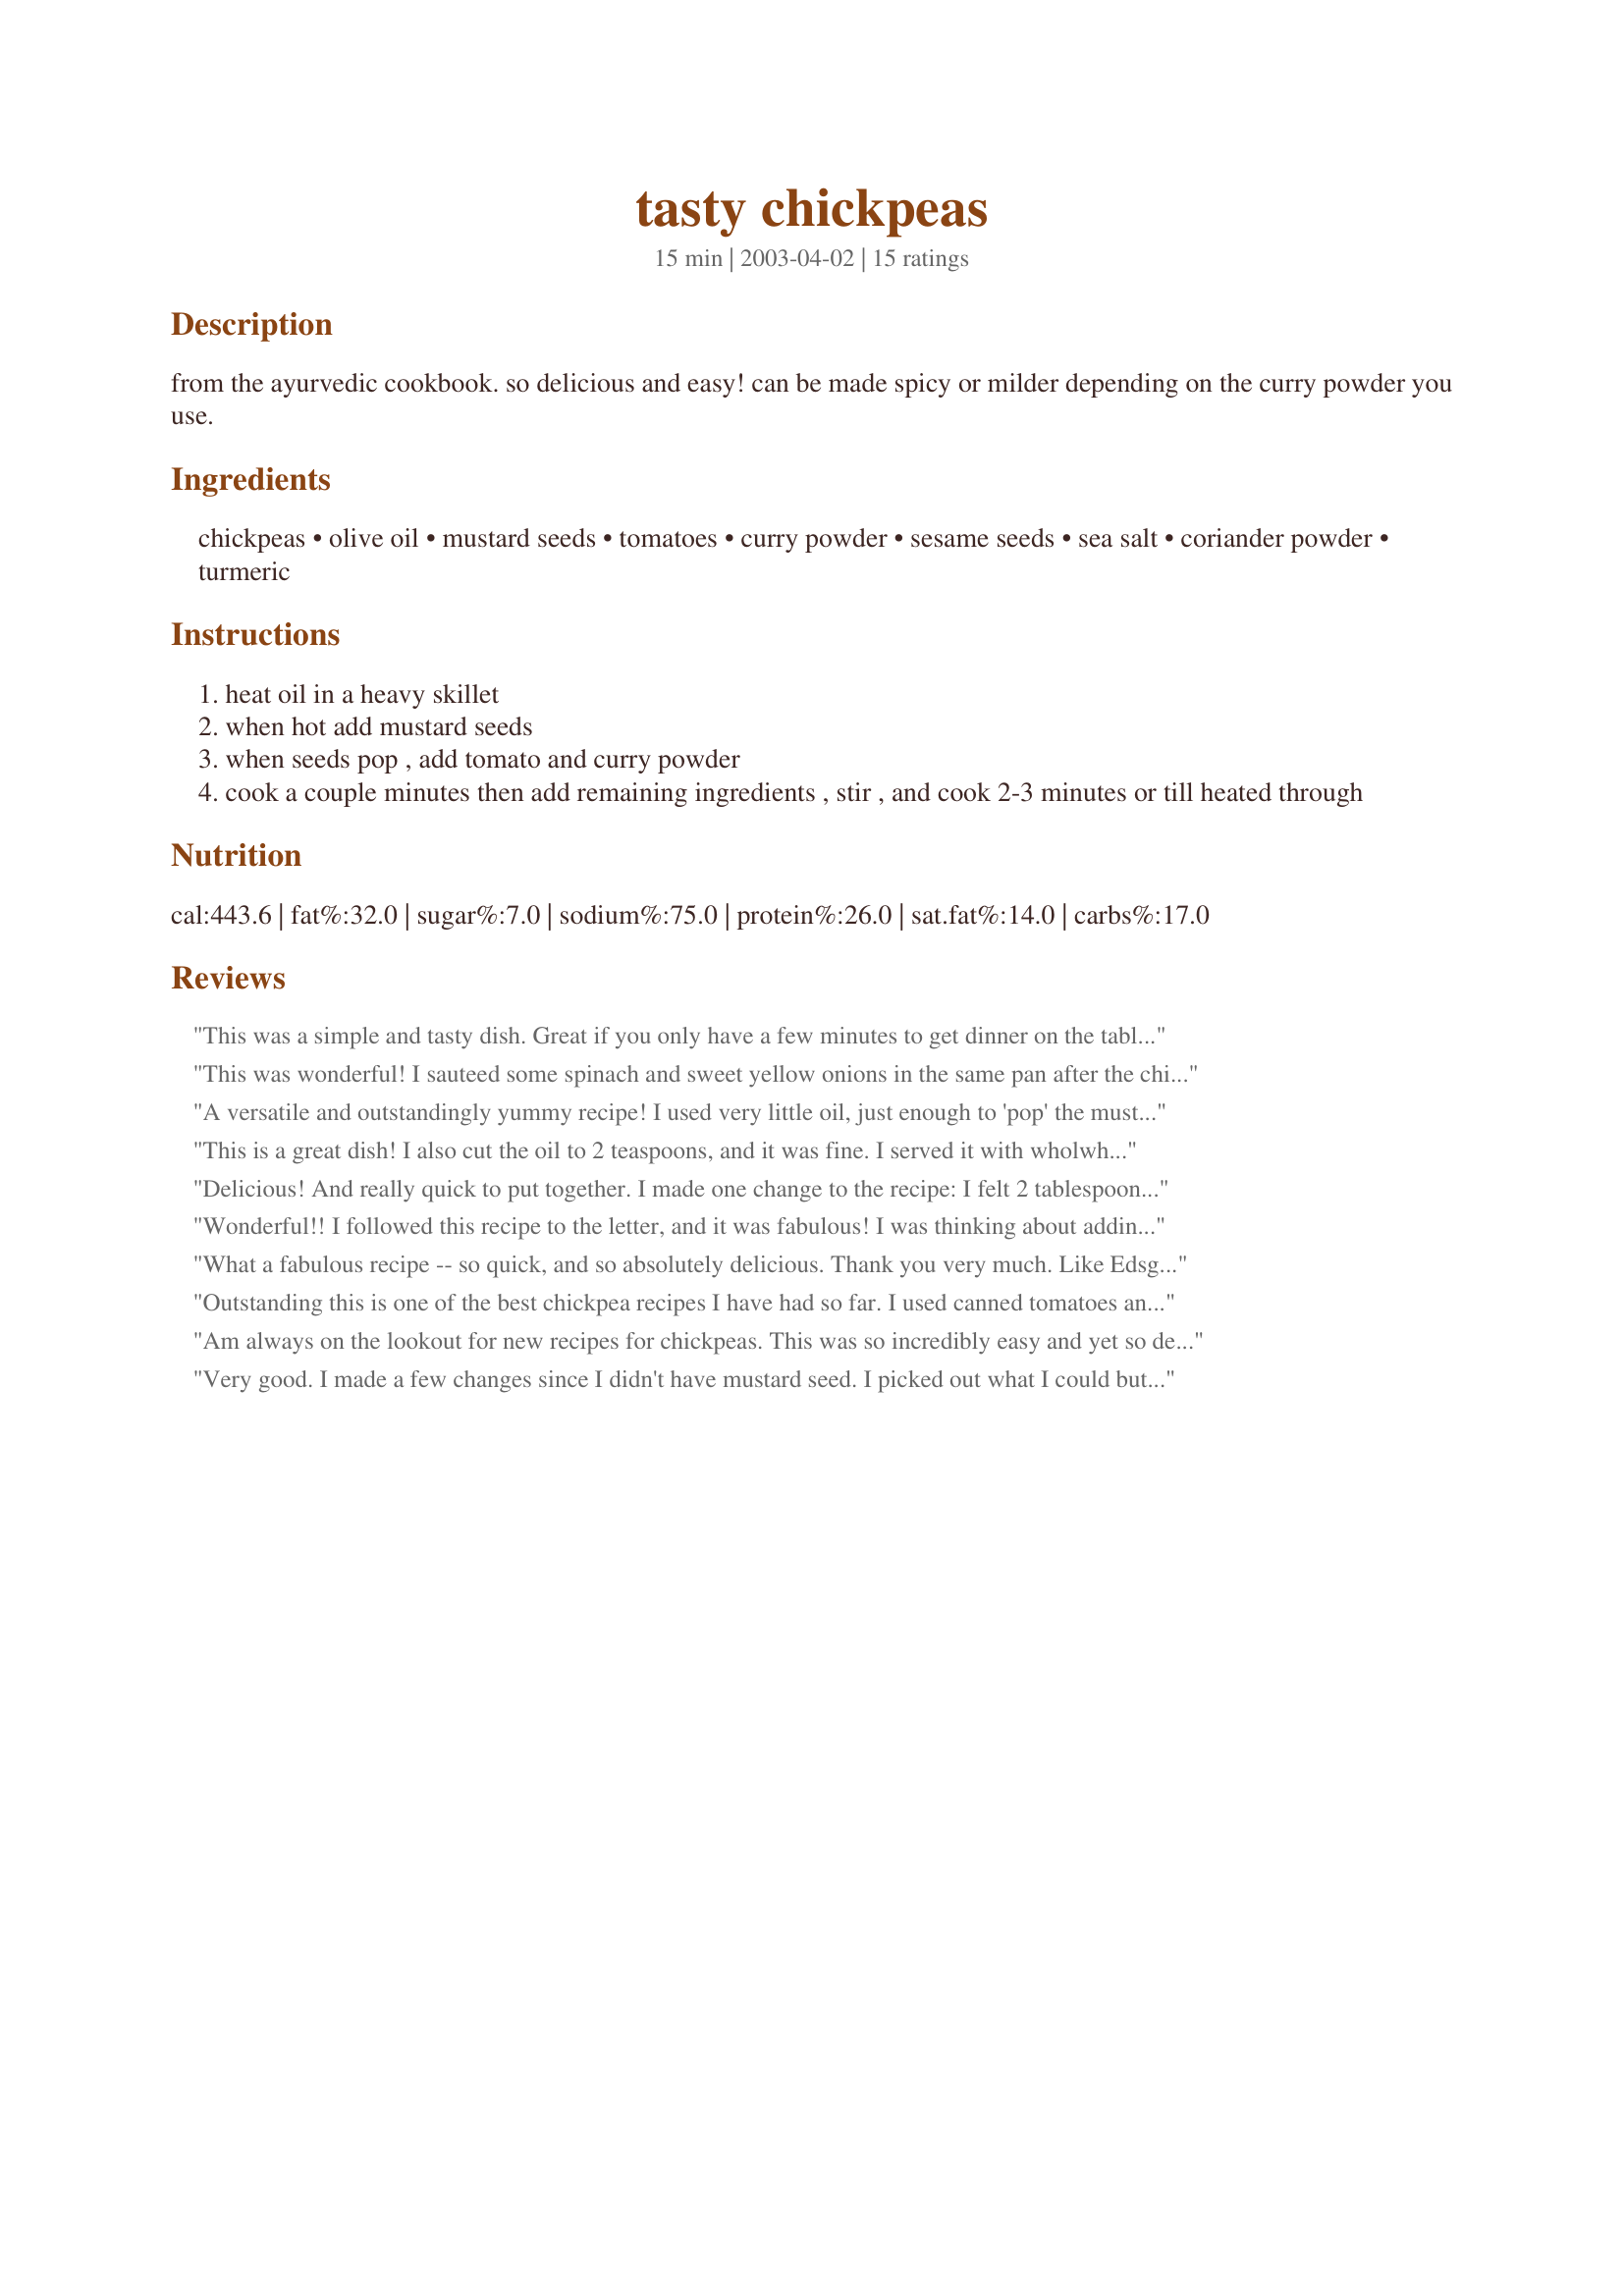
tasty chickpeas
Preparation time: 15 minutes

from the ayurvedic cookbook. so delicious and easy! can be made spicy or milder depending on the curry powder you use.

Ingredients:
chickpeas, olive oil, mustard seeds, tomatoes, curry powder, sesame seeds, sea salt, coriander powder, turmeric

Steps:
heat oil in a heavy skillet
when hot add mustard seeds
when seeds pop , add tomato and curry powder
cook a couple minutes then add remaining ingredients , stir , and cook 2-3 minutes or till heated through

Reviews:
This was a simple and tasty dish. Great if you only have a few minutes to get dinner on the table. I cut the oil to 2 teaspoons which I don't think affected the dish. While I fully enjoyed it, it felt like something was missing - maybe a little more corriander or curry. I served mine on top of bulghar with sauteed spinach on the side. Thanks yogi.
This was wonderful! I sauteed some spinach and sweet yellow onions in the same pan after the chickpeas were done, and served it all in a whole wheat tortilla. Excellent! On another note, this is even better the next day!
A versatile and outstandingly yummy recipe! I used very little oil, just enough to 'pop' the mustard seeds, and since there was no fresh tomato I used about 2/3 cup of salsa. Who could have guessed THAT would taste good?! I also had to omit the sesame seeds for lack of them, and reduced the salt but was generous with curry powder. At the end I let some baby spinach wilt in the pan, squeezed on a bit of lemon juice, and ate it with sweet potato. I'll be sure to make this one again, so thanks for posting!
This is a great dish! I also cut the oil to 2 teaspoons, and it was fine. I served it with wholwheat pasta and spinach. A really good recipe, as it's so easy and yet delicious too!
Delicious! And really quick to put together. I made one change to the recipe: I felt 2 tablespoons of olive oil was quite a lot, so (as I'm dieting at the moment!) I cut the amount of oil to 1 teaspoon, and had no problems! The amount of salt called for also looked like a lot, but it's in fact perfect - it enhances all the other spices and makes for a wonderful, savoury dish! A lovely recipe!
Wonderful!! I followed this recipe to the letter, and it was fabulous! I was thinking about adding some garlic to the dish when I tasted it and found that the seasonings were perfect as is - nothing else is needed. I used a nice coarse sea salt that dissolved beautifully into the tomato mixture. The sesame seeds add a delicious nutty crunch, and the dish is visually appealing as well. The whole kitchen smells awesome while it's cooking plus it's fast and soooo easy! Thanks yogi, I'm making this again and again (after I try your chickpea and peanut stew, that is ... ;o) )
What a fabulous recipe -- so quick, and so absolutely delicious. Thank you very much. Like Edsgirlangie said -- it's fast, and so easy, and the best part is that it is so good. A perfect hat trick.
Outstanding this is one of the best chickpea recipes I have had so far. I used canned tomatoes and it was still great.
Am always on the lookout for new recipes for chickpeas. This was so incredibly easy and yet so delicious. I could eat this as a meal.
Very good. I made a few changes since I didn't have mustard seed. I picked out what I could but ended up using garam masala in its place. I added more than a tsp of curry powder and will next time add way less salt. I added a pinch of mustard powder, about a half cup of thawed kale and about 1/3 cup of chopped fresh cilantro. That added the umph I needed. Thanks for sharing.
Really quick and easy to make, great when you don't have much time or ingredients! I didn't use sesame seeds and had to use tinned tomato instead but it didn't cause any problems. I think next time I'll add more curry powder as the 1 teaspoon didn't seem quite enough, but that's just me!
I love the simplicity of this recipe- I seem to make it when I don't feel like going to the store because I already have everything on hand. I have not been adding the salt, the coriander and other spices add enough flavor that it isn't necessary. Tasty and filling!
Sooo freakin' good! I've been meaning to review this recipe for a while, especially since I now keep a ready stock of chickpeas so I can make this whenever I get a craving. I made a few substitutions/additions based on earlier reviews that I love and now use every time. I add half a (juicy) lemon's juice toward the end of cooking(lime works well too), let it evaporate a little bit and then add some chopped up fresh cilantro. I also add at least another chopped tomato at the end and stir it in just long enough to get warm. So yummy and perfect for the summer!
This was great! Easy to prepare and fast. We drained the peas and saved the liquid to add as needed (I think about 2 tbls.) Thanks again for sharing this one. I've already passed it on. MR Jackson.

I made this again for my in-laws and company. Big hit. Thanks again and again.
I usually tweek recipes but I followed this one as written. I was just excellent served over rice with some of it wrapped up in a tortilla. I put extra hot sauce on the tortilla version. Thank you yogi
